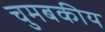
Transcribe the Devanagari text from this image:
चुमबकीय